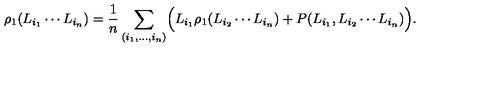
\rho _ { 1 } ( L _ { i _ { 1 } } \cdots L _ { i _ { n } } ) = { \frac { 1 } { n } } \sum _ { ( i _ { 1 } , \ldots , i _ { n } ) } \Bigl ( L _ { i _ { 1 } } \rho _ { 1 } ( L _ { i _ { 2 } } \cdots L _ { i _ { n } } ) + P ( L _ { i _ { 1 } } , L _ { i _ { 2 } } \cdots L _ { i _ { n } } ) \Bigr ) .